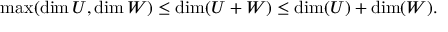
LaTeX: \operatorname* { m a x } ( \dim U , \dim W ) \leq \dim ( U + W ) \leq \dim ( U ) + \dim ( W ) .